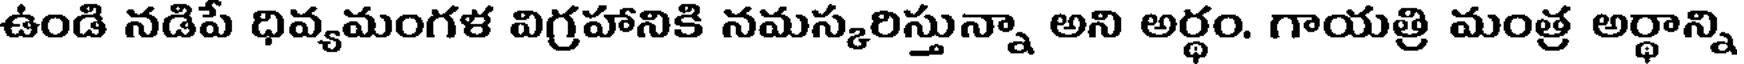
ఉండి నడిపే ధివ్యమంగళ విగ్రహానికి నమస్కరిస్తున్నా అని అర్థం. గాయత్రి మంత్ర అర్థాన్ని